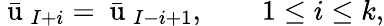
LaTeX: \bar{\mathrm{~u~}}_{I+i}=\bar{\mathrm{~u~}}_{I-i+1},\qquad 1\leq i\leq k,